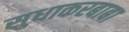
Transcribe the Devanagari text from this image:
सुधाकरबाबा